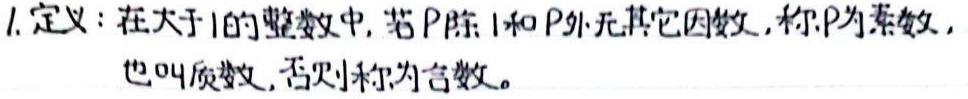
1. 定义：在大于1的整数中，若$p$除1和$p$外无其它因数，称$p$为素数，也叫质数，否则称为合数。